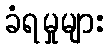
ခံရမှုများ